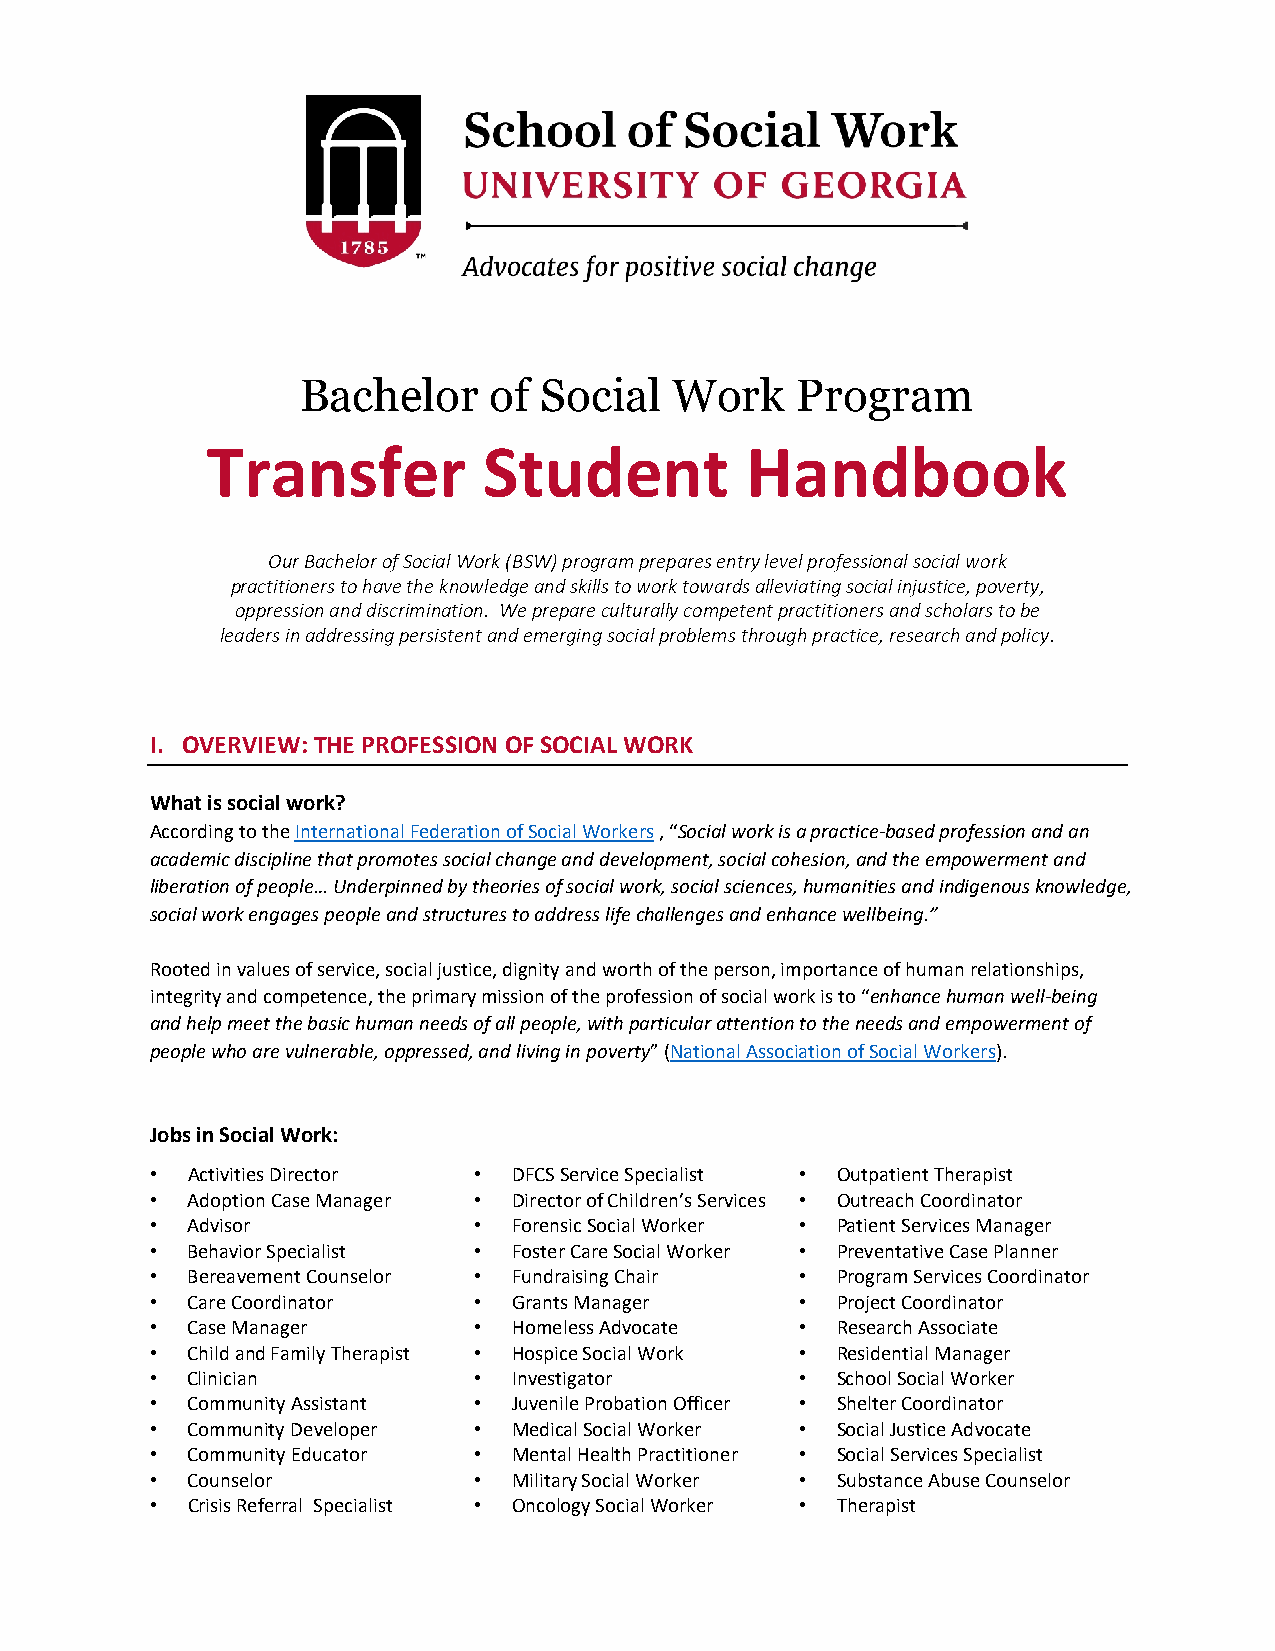
Bachelor    of  Social   Work    Program
 Transfer          Student          Handbook
 Our Bachelor of Social Work (BSW) program prepares entry level professional social work
 practitioners to have the knowledge and skills to work towards alleviating social injustice, poverty,
 oppression and discrimination. We prepare culturally competent practitioners and scholars to be
 leaders in addressing persistent and emerging social problems through practice, research and policy.
 I. OVERVIEW: THE PROFESSION OF SOCIAL WORK
 What is social work?
 According to the International Federation of Social Workers , “Social work is a practice-based profession and an
 academic discipline that promotes social change and development, social cohesion, and the empowerment and
 liberation of people… Underpinned by theories of social work, social sciences, humanities and indigenous knowledge,
 social work engages people and structures to address life challenges and enhance wellbeing.”
 Rooted in values of service, social justice, dignity and worth of the person, importance of human relationships,
 integrity and competence, the primary mission of the profession of social work is to “enhance human well-being
 and help meet the basic human needs of all people, with particular attention to the needs and empowerment of
 people who are vulnerable, oppressed, and living in poverty” (National Association of Social Workers).
 Jobs in Social Work:
 • Activities Director • DFCS Service Specialist • Outpatient Therapist
 • Adoption Case Manager • Director of Children’s Services • Outreach Coordinator
 • Advisor            •  Forensic Social Worker • Patient Services Manager
 • Behavior Specialist • Foster Care Social Worker • Preventative Case Planner
 • Bereavement Counselor • Fundraising Chair • Program Services Coordinator
 • Care Coordinator   •  Grants Manager     • Project Coordinator
 • Case Manager       •  Homeless Advocate  • Research Associate
 • Child and Family Therapist • Hospice Social Work • Residential Manager
 • Clinician          •  Investigator       • School Social Worker
 • Community Assistant • Juvenile Probation Officer • Shelter Coordinator
 • Community Developer • Medical Social Worker • Social Justice Advocate
 • Community Educator •  Mental Health Practitioner • Social Services Specialist
 • Counselor          •  Military Social Worker • Substance Abuse Counselor
 • Crisis Referral Specialist • Oncology Social Worker • Therapist